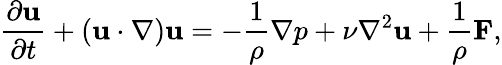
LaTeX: {\frac{\partial\mathbf{u}}{\partial t}}+\left(\mathbf{u}\cdot\nabla\right)\mathbf{u}=-{\frac{1}{\rho}}\nabla p+\nu\nabla^{2}\mathbf{u}+{\frac{1}{\rho}}\mathbf{F},